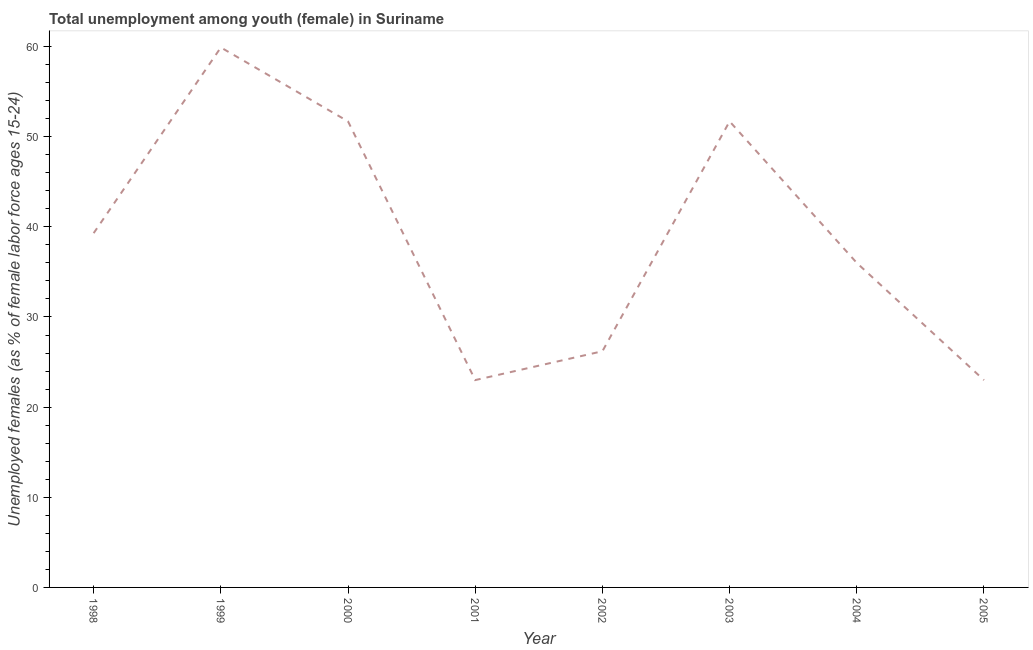
| Year | Unemployment |
 | --- | --- |
 | 1998 | 39.3 |
 | 1999 | 59.9 |
 | 2000 | 51.7 |
 | 2001 | 23 |
 | 2002 | 26.2 |
 | 2003 | 51.7 |
 | 2004 | 36 |
 | 2005 | 23 |